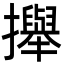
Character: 攑